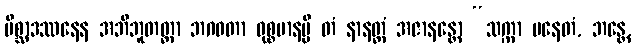
မိစ္ဆာဒဿနေန အဘိဘူတတ္တာ ဘဂဝတာ ဝုစ္စမာနမ္ပိ တံ နာနတ္တံ အဇာနန္တော “သက္ကာ ပနေတံ, ဘန္တေ,